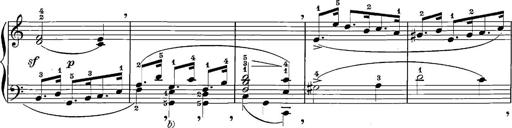
Title: 12 Sonatinas
Composer: Ignaz Pleyel